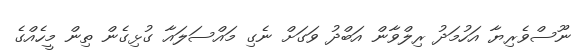
ނޫސްވެރިޔާ އަހުމަދު ރިލްވާން އަބްދު ވަގަށް ނެގި މައްސަލައާ ގުޅިގެން ތިން މީހެއްގެ